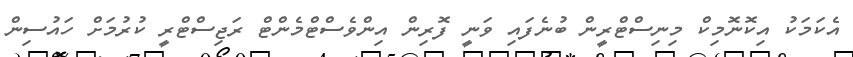
އެކަމަކު އިކޮނޮމިކް މިނިސްޓްރީން ބުނެފައި ވަނީ ފޮރިން އިންވެސްޓްމެންޓް ރަޖިސްޓްރީ ކުރުމަށް ހައުސިން